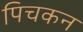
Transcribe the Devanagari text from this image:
पिचकन